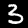
Label: 3